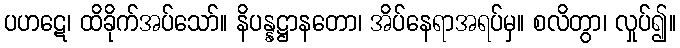
ပဟဋေ၊ ထိခိုက်အပ်သော်။ နိပန္နဋ္ဌာနတော၊ အိပ်နေရာအရပ်မှ။ စလိတွာ၊ လှုပ်၍။